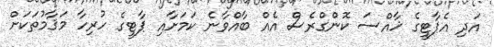
އަދި އެޕާޓީގެ ޚާއްސަ ކޮންގްރެސް އެއް ބާއްވާނެ ކަމަށާއި ޕާޓީގެ ހުރިހާ މަޤާމުތަކަށް